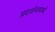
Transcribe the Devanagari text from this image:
प्रदर्शनामध्ये